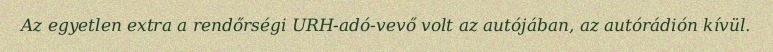
Az egyetlen extra a rendőrségi URH-adó-vevő volt az autójában, az autórádión kívül.